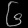
Digit: ၆